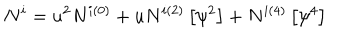
N ^ { i } = u ^ { 2 } N ^ { i ( 0 ) } + u N ^ { i ( 2 ) } \left[ \psi ^ { 2 } \right] + N ^ { i ( 4 ) } \left[ \psi ^ { 4 } \right]